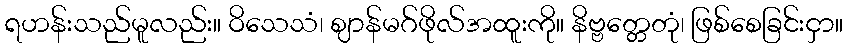
ရဟန်းသည်မူလည်း။ ဝိသေသံ၊ ဈာန်မဂ်ဖိုလ်အထူးကို။ နိဗ္ဗတ္တေတုံ၊ ဖြစ်စေခြင်းငှာ။